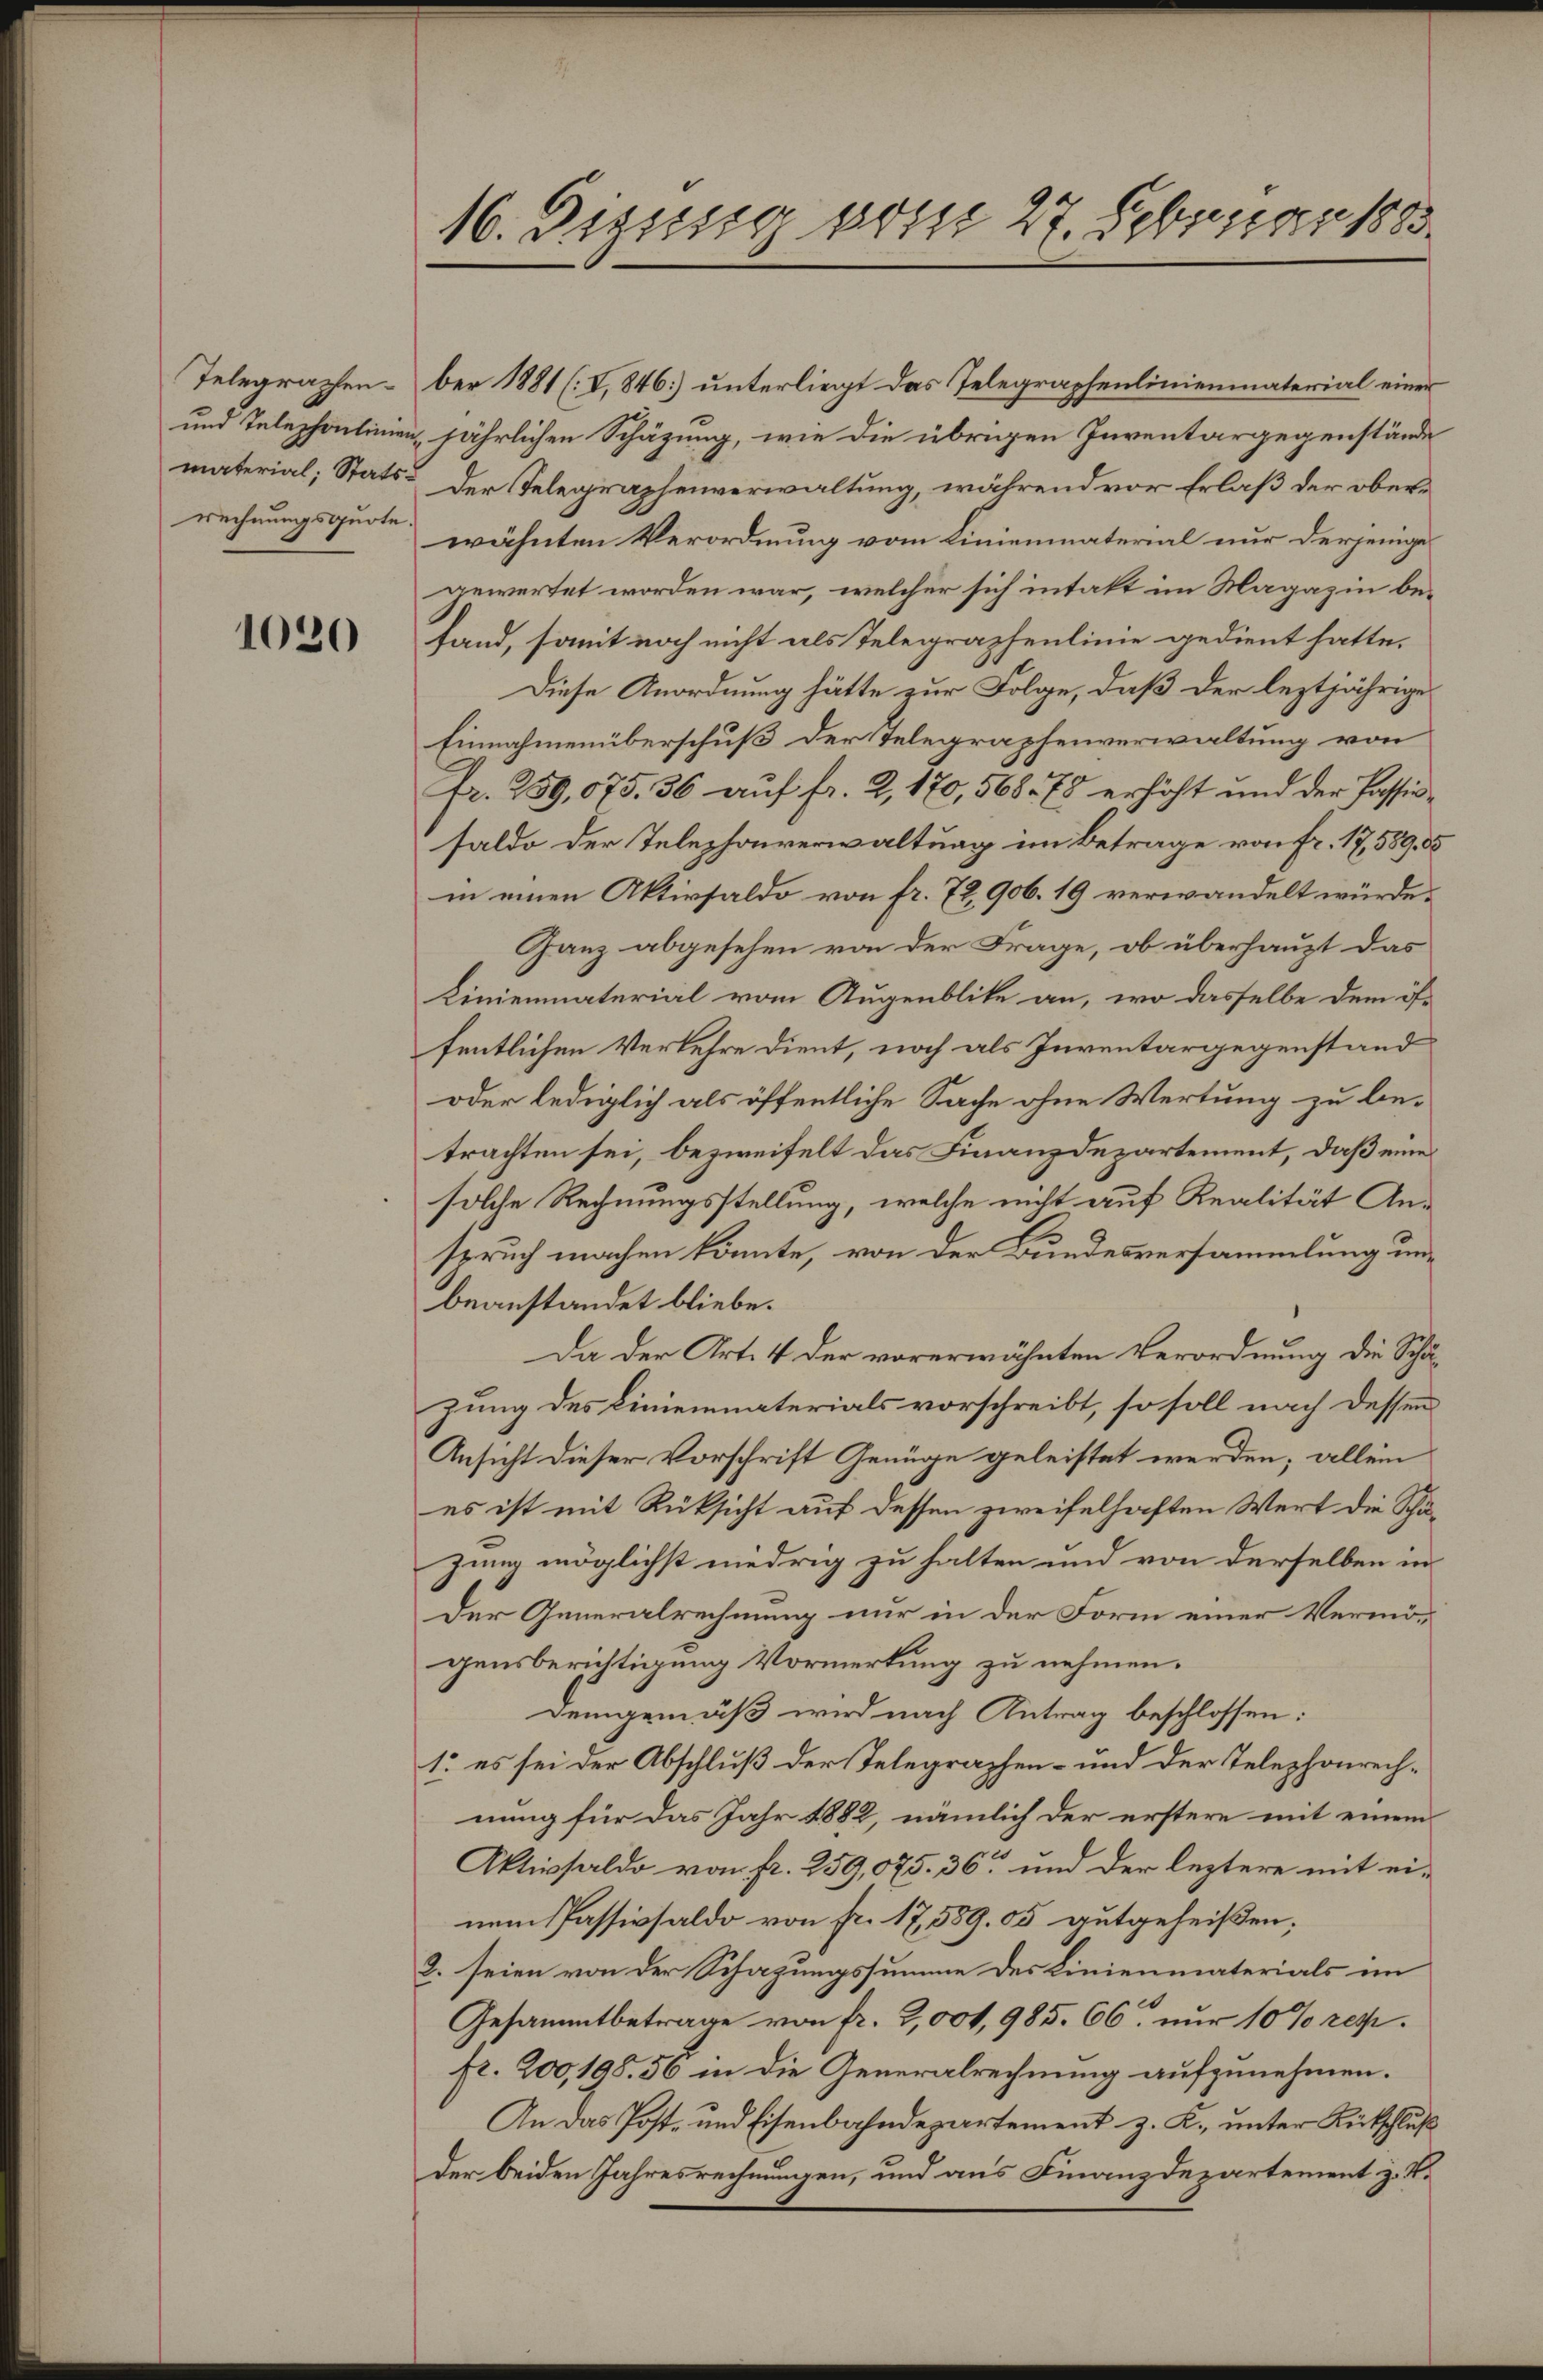
Telegraphen.
und Telephonlinien-
material, Statsrechnungsquote.

1020

16. Diesig vom 27. Februar 1883.

ber 1881 (I. 846] unterliegt das Telegraphenlinienmaterial einer
jährlichen Schäzung, wie die übrigen Inventargegenstände
Der Telegraphenverwaltung, während vor Erlaß der oberwähnten Verordnung vom Linienmaterial nur derjenige
gewertet worden war, welcher sich intakt im Magazin befand, somit noch nicht als Telegraphenlinie gedient hatte.
Diese Anordnung hätte zur Folge, daß der leztjährige
Einnahmenüberschuß der Telegraphenverwaltung von
Fr. 259,075. 36 auf fr. 2, 170,568. 78 erhöht und der Passirsaldo der Telephonverwaltung im Betrage von Fr. 17,589. 35
in einen Aktivsaldo von fr. 72, 906. 19 verwandelt würde.
Ganz abgesehen von der Frage, ob überhaupt das
Linienmaterial vom Augenblike an, wo dasselbe dem öffentlichen Verkehre dient, noch als Inventargegenstand
oder lediglich als öffentliche Sache ohne Wertung zu betrachten sei, bezweifelt das Finanzdepartement, daß eine
solche Rechnungsstellung, welche nicht auf Realität Anspruch machen könnte, von der Bundesversammlung unbeanstandet bliebe.
Da der Art. 4 der vorerwähnten Verordnung die Schuzung des Linienmaterials vorschreibt, so soll nach dessen
Ansicht dieser Vorschrift Genüge geleistet werden; allein
es ist mit Rüksicht auf dessen zweifelhaften Wert die Schäzung möglichst niedrig zu halten und von derselben in
Der Generalrechnung nur in der Form einer Vermögensberichtigung Vormerkung zu nehmen.
Demgemäß wird nach Antrag beschlossen:
1. es sei der Abschluß der Telegraphen- und der Telephonrechnung für das Jahr 1882, nämlich der erstere mit einem
Aktivsaldo von fr. 259,075. 36 und der leztere mit einem Passivsaldo von fr. 17,589. 05 gutgeheißen;
2. seien von der Schazungssumme des Linienmaterials im
Gesammtbetrage von fr. 2,001, 985. 66. nur 10 % rep
fr. 200, 198. 56 in die Generalrechnung aufzunehmen.
An das Post- und Eisenbahndepartement z. K. unter Rutschluß
der beiden Jahresrechnungen, und aus Finanzdepartement z. B.